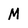
Character: M